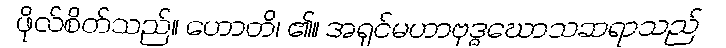
ဖိုလ်စိတ်သည်။ ဟောတိ၊ ၏။ အရှင်မဟာဗုဒ္ဓဃောသဆရာသည်